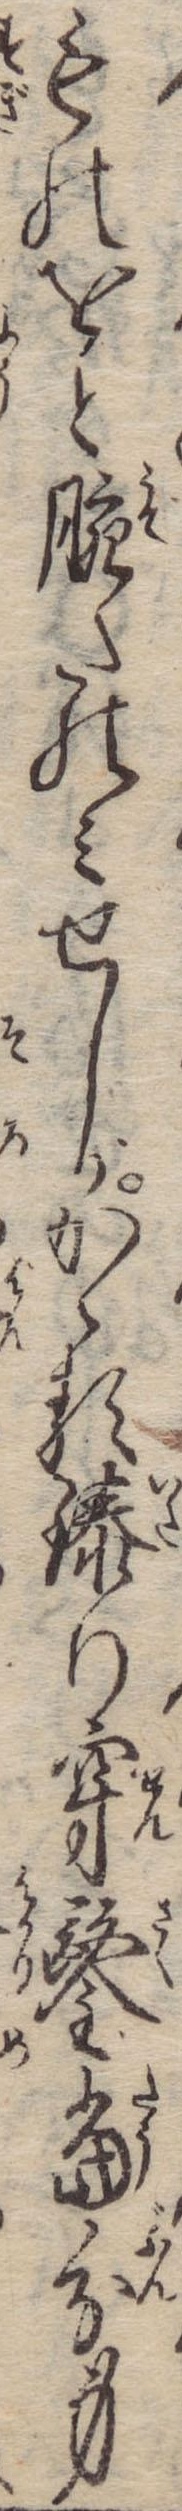
ものをと腕たのみせしがかゝる臻り穿鑿当分身